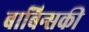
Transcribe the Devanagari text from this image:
बाबिन्सकी